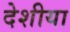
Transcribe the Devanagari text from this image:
देशीया